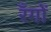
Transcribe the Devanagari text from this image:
रँगों